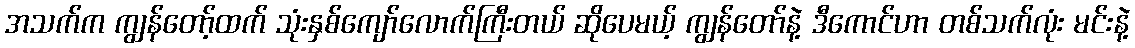
အသက်က ကျွန်တော့်ထက် သုံးနှစ်ကျော်လောက်ကြီးတယ် ဆိုပေမယ့် ကျွန်တော်နဲ့ ဒီကောင်ဟာ တစ်သက်လုံး မင်းနဲ့